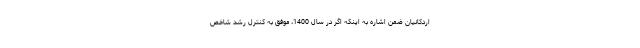
اردکانیان ضمن اشاره به اینکه اگر در سال 1400، موفق به کنترل رشد شاخص